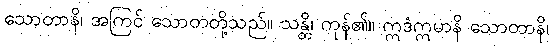
သောတာနိ၊ အကြင် သောတတို့သည်။ သန္တိ၊ ကုန်၏။ ဣဒံဣမာနိ သောတာနိ၊